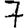
Digit: 7